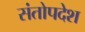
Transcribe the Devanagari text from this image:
संतोपदेश